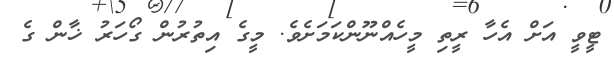
ޓީވީ އަށް އެހާ ރީތި މީހެއްނޫންކަމަށެވެ. މީގެ އިތުރުން ގޯހަރު ޚާން ގެ